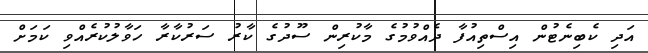
އަދި ކެބިނެޓުން އިސްތިއުފާ ދެއްވުމުގެ މާކުރިން ސޫދުގެ ކާރު ސަރުކާރާ ހަވާލުކުރެއްވި ކަމަށް